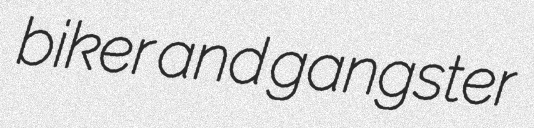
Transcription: biker and gangster